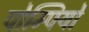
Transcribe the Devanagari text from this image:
पोम्पियो